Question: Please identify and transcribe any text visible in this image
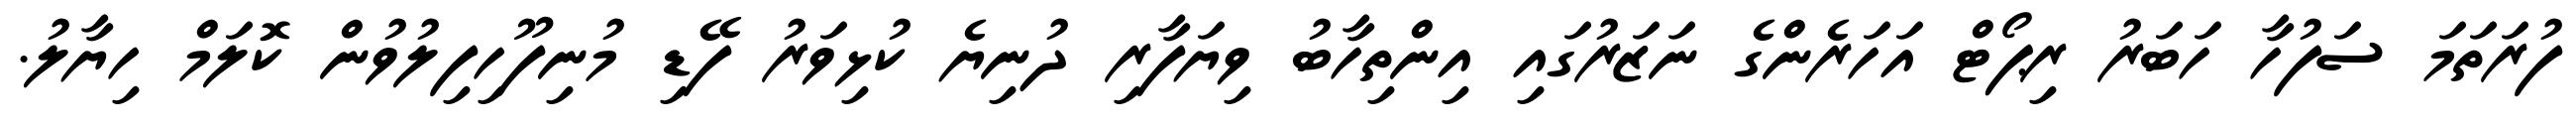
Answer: ފުރަތަމަ ސަފުހާ ހަބަރު ރިޕޯޓް އަހަރެންގެ ނަޒަރުގައި އިންތިހާބު ވިޔަފާރި ދުނިޔެ ކުޅިވަރު ފޭޑި މުނިފޫހިފިލުވުން ކޮލަމް ހިޔާލު.